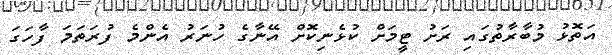
އަތޮޅު މުބާރާތުގައި ރަށު ޓީމަށް ކުޅެނިކޮށް އޭނާގެ ހުނަރު އެންމެ ފުރަތަމަ ފާހަގަ